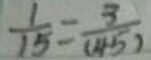
\frac { 1 } { 1 5 } = \frac { 3 } { ( 4 5 ) }